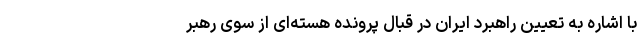
با اشاره به تعیین راهبرد ایران در قبال پرونده هسته‌ای از سوی رهبر